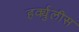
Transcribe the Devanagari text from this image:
हर्क्युलीस